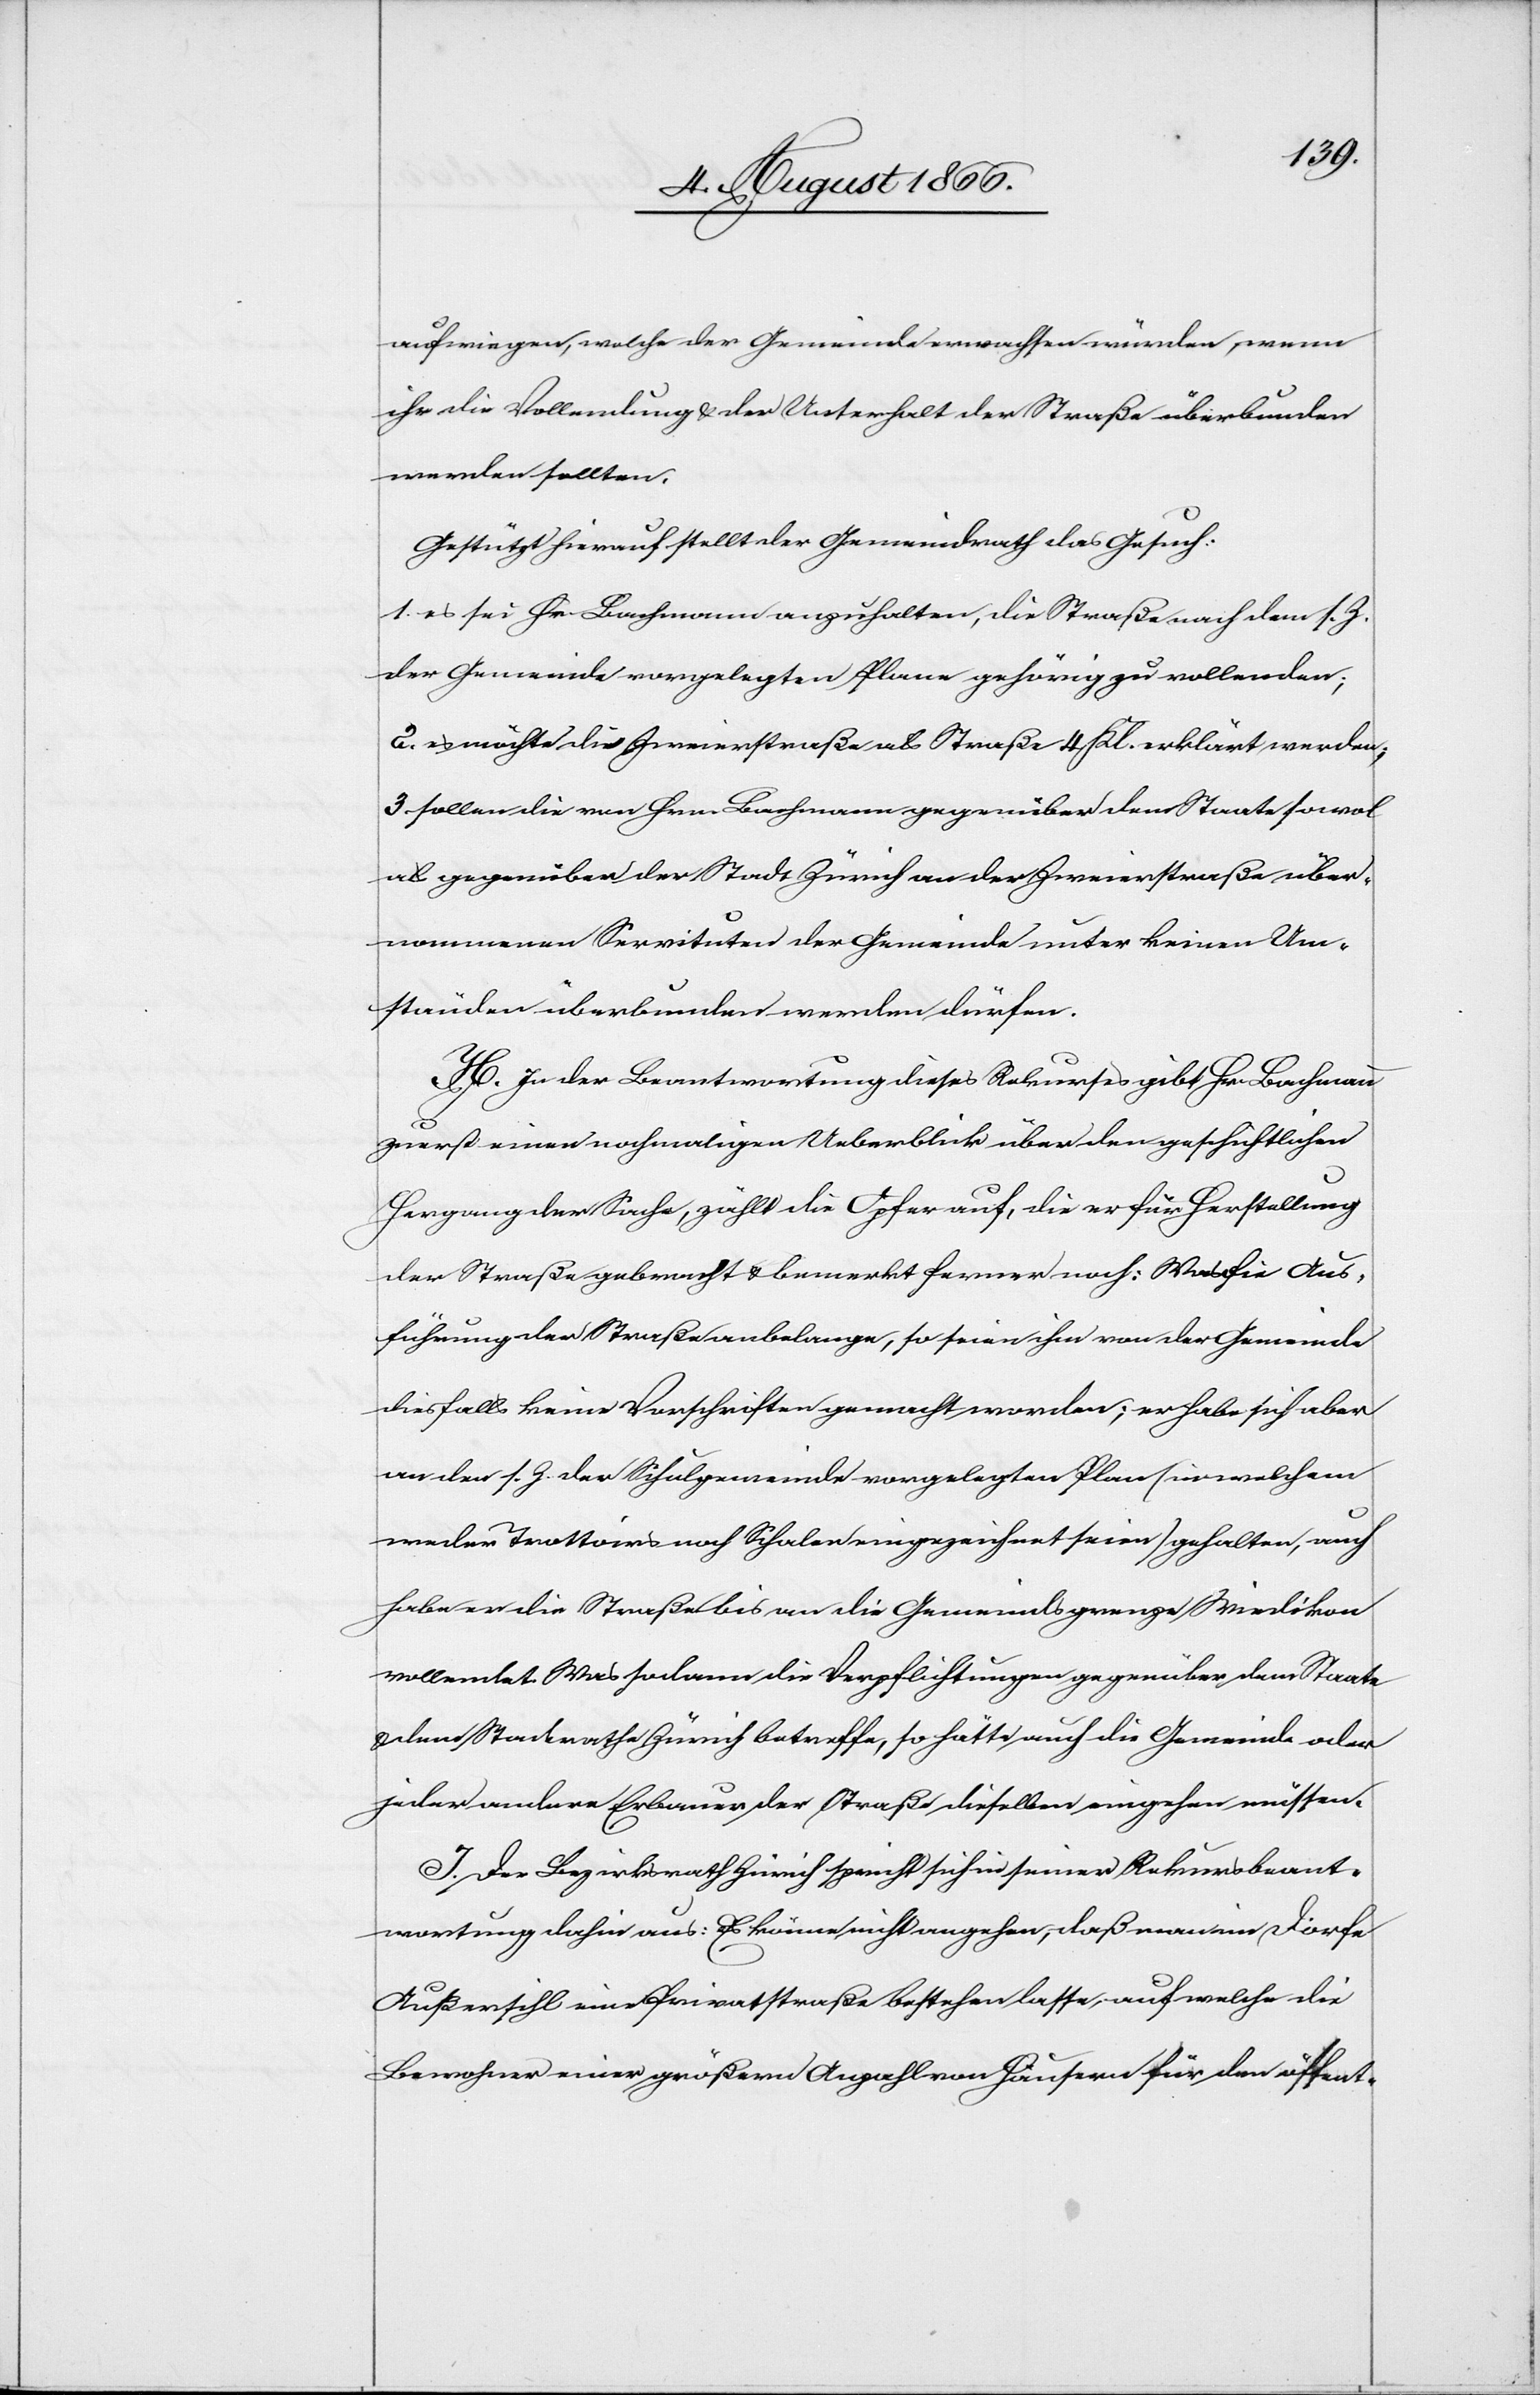
aufwiegen, welche der Gemeinde erwachsen würden, wenn
ihr die Vollendung u. der Unterhalt der Straße überbunden
werden sollten.
Gestützt hierauf stellt der Gemeindrath das Gesuch:
1. es sei Hr. Bachmann anzuhalten, die Straße nach dem s. Z.
der Gemeinde vorgelegten Plane gehörig zu vollenden;
2. es möchte die Zweierstraße als Straße 4. Klasse erklärt werden;
3. sollen die von Hrn. Bachmann gegenüber dem Staate sowol
als gegenüber der Stadt Zürich an der Zweierstraße über¬
nommenen Servituten der Gemeinde unter keinen Um¬
ständen überbunden werden dürfen.
H. In der Beantwortung dieses Rekurses gibt Hr. Bachmann
zuerst einen nochmaligen Ueberblick über den geschichtlichen
Hergang der Sache, zählt die Opfer auf, die er für Herstellung
der Straße gebracht u. bemerkt ferner noch: Was die Aus¬
führung der Straße anbelange, so seien ihm von der Gemeinde
diesfalls keine Vorschriften gemacht worden; er habe sich aber
an den s. Z. der Schulgemeinde vorgelegten Plan (in welchem
weder Trottoirs noch Schoder eingezeichnet seien) gehalten, auch
habe er die Straße bis an die Gemeindsgrenze Wiedikon
vollendet. Was sodann die Verpflichtungen gegenüber dem Staate
u. dem Stadtrathe Zürich betreffe, so hätte auch die Gemeinde oder
jeder andere Erbauer der Straße dieselben eingehen müssen.
J. Der Bezirksrath Zürich spricht sich in seiner Rekursbeant¬
wortung dahin aus: Es könne nicht angehen, daß man im Dorfe
Außersihl eine Privatstraße bestehen lasse, auf welche die
Bewohner einer größern Anzahl von Häusern für den öffent-